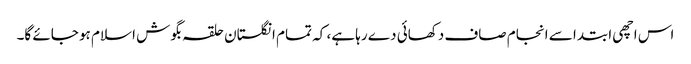
اس اچھی ابتدا سے انجام صاف دکھائی دے رہا ہے، کہ تمام انگلستان حلقہ بگوش اسلام ہو جائے گا۔